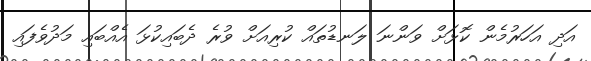
އަދި އަހަރުމެން ކޮޅަށް ވަންނަ ލަނޑުތައް ކުރިއަށް ވުރެ ދެބައިކުޅަ އެއްބައި މަދުވެފައި